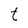
Character: t